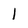
Character: I